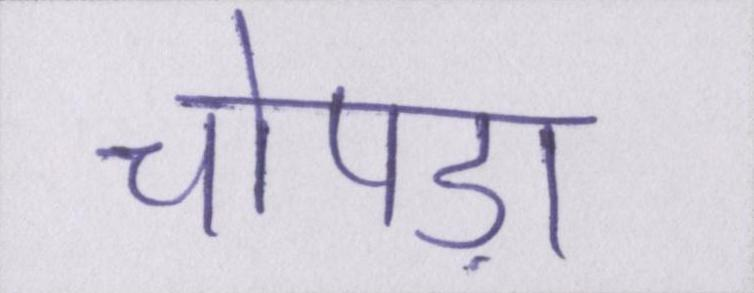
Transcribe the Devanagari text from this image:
चोपड़ा